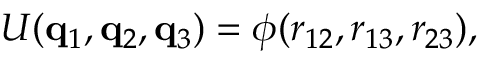
U ( \mathbf { q } _ { 1 } , \mathbf { q } _ { 2 } , \mathbf { q } _ { 3 } ) = \phi ( r _ { 1 2 } , r _ { 1 3 } , r _ { 2 3 } ) ,